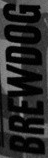
BREWDOG